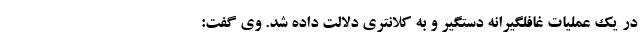
در یک عملیات غافلگیرانه دستگیر و به کلانتری دلالت داده شد. وی گفت: